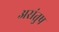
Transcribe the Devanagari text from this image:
असंतुष